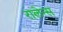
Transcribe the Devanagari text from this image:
रालेन्स